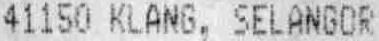
41150 KLANG, SELANGOR